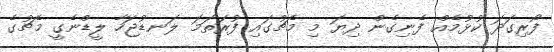
ފޯރިގަދަ ކުޅުމެއް ފެނިގެން ދިޔަ މި މެޗުގައި ފުރަތަމަ ލަނޑުޖަހާ ލީޑްނެގީ މެޗުގެ